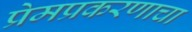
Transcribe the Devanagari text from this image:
प्रेमप्रकरणाचा